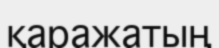
қаражатың